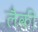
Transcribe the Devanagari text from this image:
लैकी